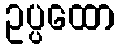
ဥပ္ပထော